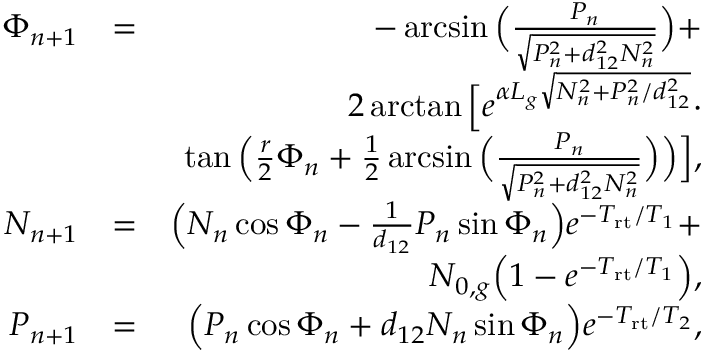
\begin{array} { r l r } { \Phi _ { n + 1 } } & { = } & { - \arcsin \Big ( \frac { P _ { n } } { \sqrt { P _ { n } ^ { 2 } + d _ { 1 2 } ^ { 2 } N _ { n } ^ { 2 } } } \Big ) + } \\ & { } & { 2 \arctan \Big [ e ^ { \alpha L _ { g } \sqrt { N _ { n } ^ { 2 } + P _ { n } ^ { 2 } / d _ { 1 2 } ^ { 2 } } } \cdot } \\ & { } & { \tan \Big ( \frac { r } { 2 } \Phi _ { n } + \frac { 1 } { 2 } \arcsin \Big ( \frac { P _ { n } } { \sqrt { P _ { n } ^ { 2 } + d _ { 1 2 } ^ { 2 } N _ { n } ^ { 2 } } } \Big ) \Big ) \Big ] , } \\ { N _ { n + 1 } } & { = } & { \Big ( N _ { n } \cos \Phi _ { n } - \frac { 1 } { d _ { 1 2 } } P _ { n } \sin \Phi _ { n } \Big ) e ^ { - T _ { \mathrm { r t } } / T _ { 1 } } + } \\ & { } & { N _ { 0 , g } \Big ( 1 - e ^ { - T _ { \mathrm { r t } } / T _ { 1 } } \Big ) , } \\ { P _ { n + 1 } } & { = } & { \Big ( P _ { n } \cos \Phi _ { n } + d _ { 1 2 } N _ { n } \sin \Phi _ { n } \Big ) e ^ { - T _ { \mathrm { r t } } / T _ { 2 } } , } \end{array}